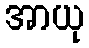
အာယု